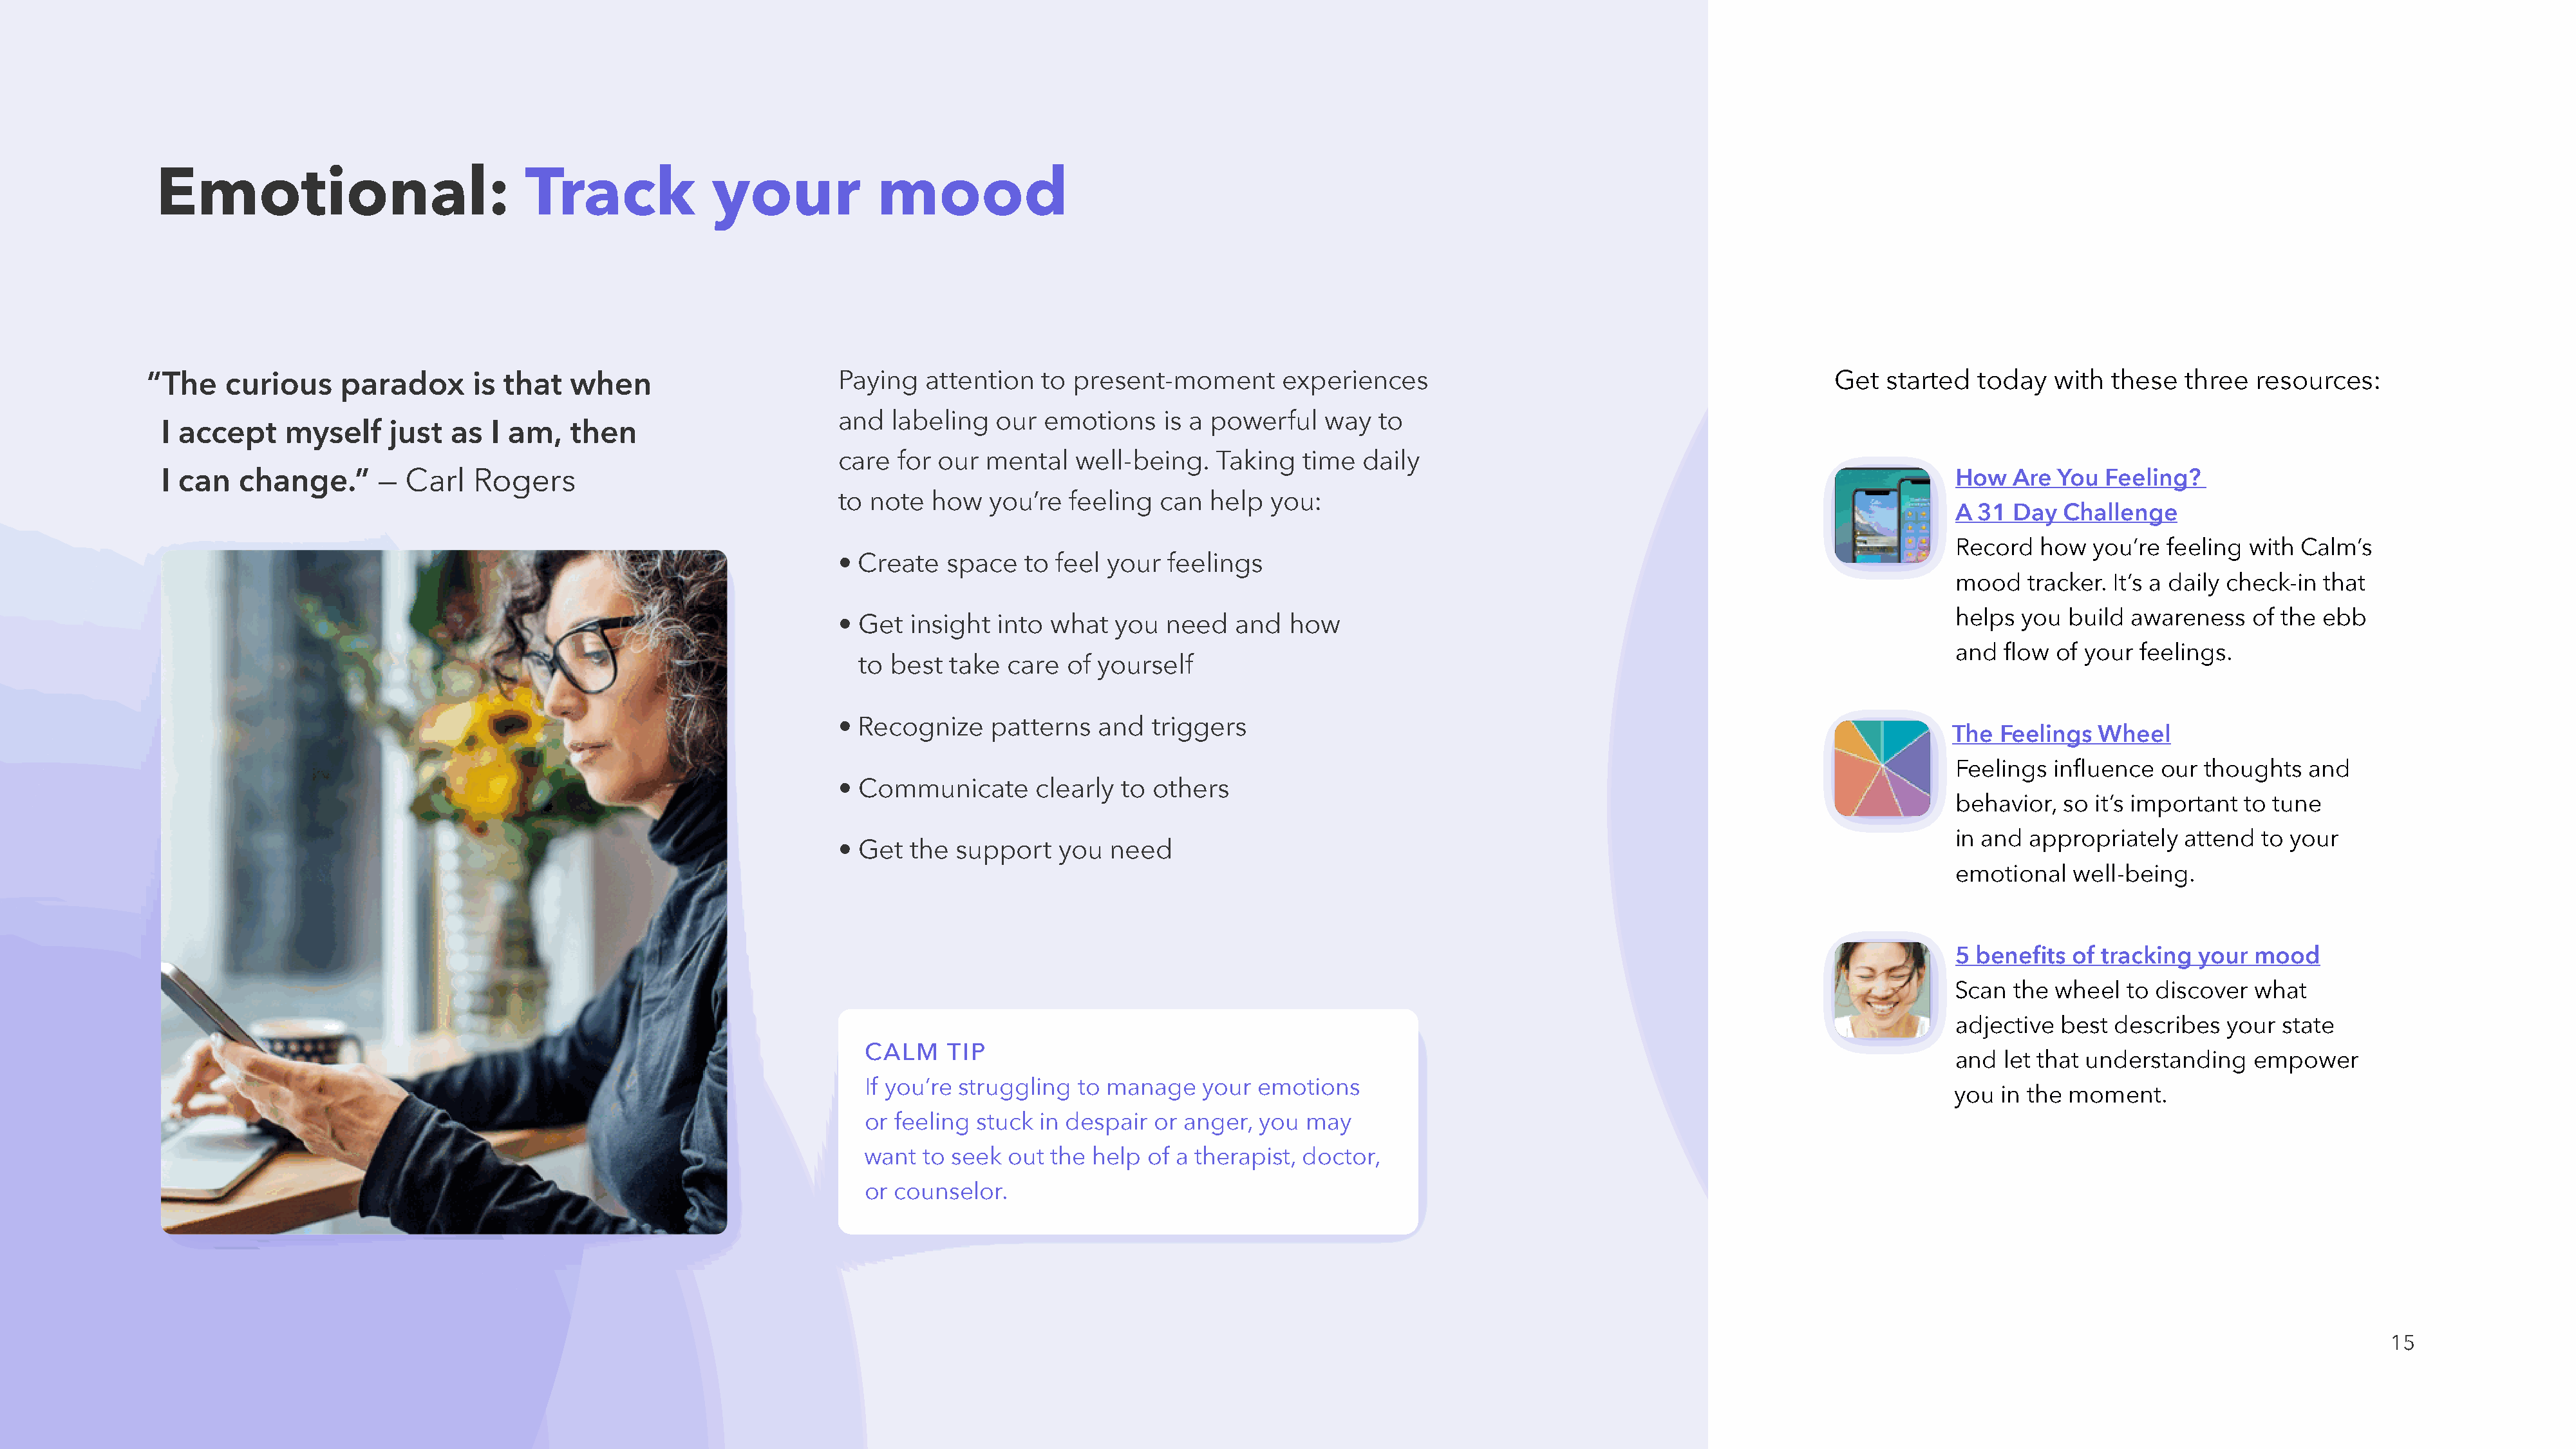
Emotional:                            Track              your             mood
 “ The   curious     paradox       is that   when                       Paying   attention   to present-moment        experiences                                              Get  started  today   with  these   three  resources:
 and   labeling  our  emotions     is a powerful   way   to
 I accept    myself     just  as  I am,    then
 care  for our  mental    well-being.   Taking   time  daily
 I can   change.”      —  Carl   Rogers                                                                                                                                                  How   Are  You Feeling?
 to note   how   you’re  feeling  can  help   you:
 A 31  Day  Challenge
 Record   how  you’re  feeling with  Calm’s
 • Create   space   to  feel your  feelings
 mood   tracker. It’s a daily check-in that
 helps  you  build awareness    of the ebb
 • Get   insight into  what   you  need   and  how
 and  flow of your  feelings.
 to best   take  care  of yourself
 • Recognize     patterns   and  triggers
 The  Feelings  Wheel
 Feelings  influence  our  thoughts  and
 • Communicate       clearly  to others
 behavior,  so it’s important  to tune
 in and  appropriately   attend to your
 • Get   the support    you  need
 emotional   well-being.
 5 benefits  of tracking  your  mood
 Scan  the wheel   to discover  what
 adjective  best describes   your  state
 CALM    TIP
 and  let that understanding    empower
 If you’re struggling  to manage    your emotions
 you  in the moment.
 or feeling stuck  in despair  or anger, you  may
 want  to seek  out the help  of a therapist, doctor,
 or counselor.
 15